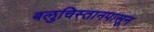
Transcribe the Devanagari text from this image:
बलुचिस्तानपासून